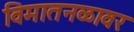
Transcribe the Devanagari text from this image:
विमातनळावर